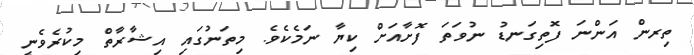
ތިރން އަންނަ ފޮތިގަނޑު ނުވަތަ ފޮށާއަށް ކިޔާ ނަމެކެވެ. މިތަނުގައި އިޝާރާތް މިކުރެވެނީ